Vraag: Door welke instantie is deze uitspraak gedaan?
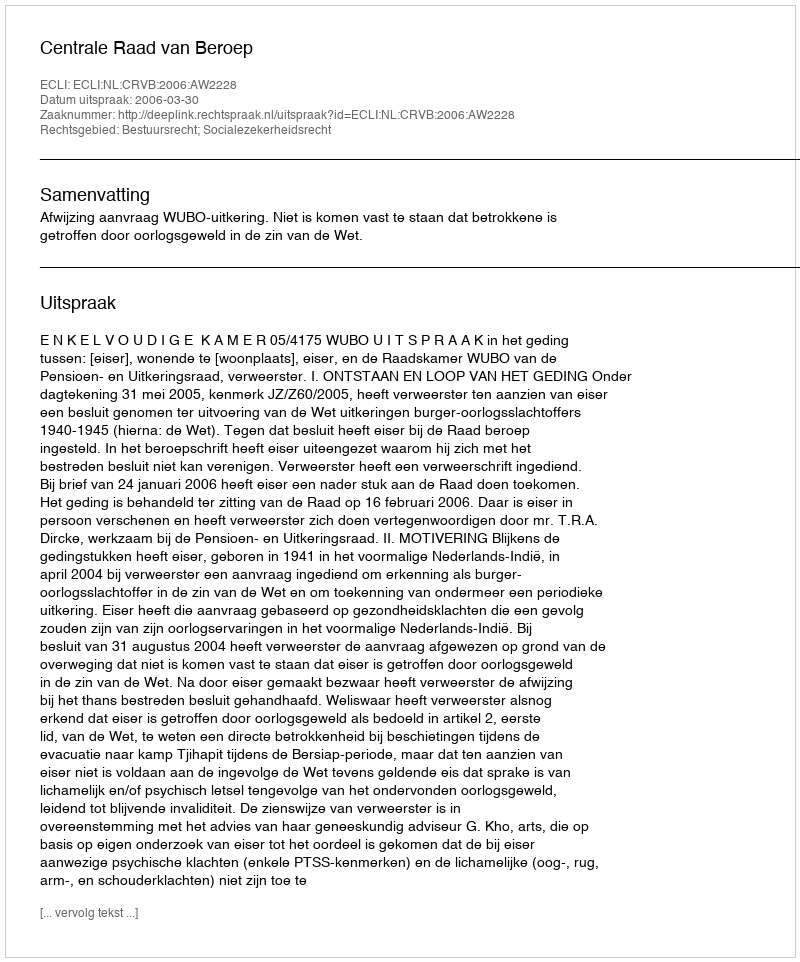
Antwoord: Centrale Raad van Beroep